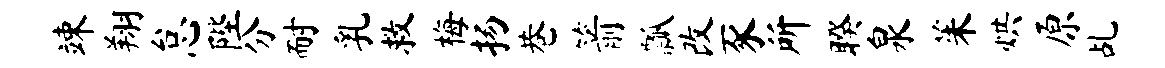
竦翔怠陛分耐乳救梅扬巷箭瓢改豕所睽泉茱烘原乩